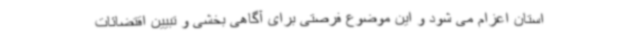
استان اعزام می شود و این موضوع فرصتی برای آگاهی بخشی و تبیین اقتضائات